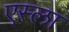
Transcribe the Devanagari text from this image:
एस्ला